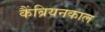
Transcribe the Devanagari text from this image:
कैंब्रियनकाल